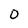
Character: 0